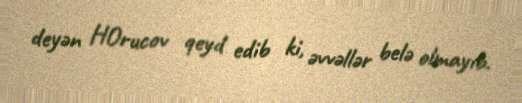
deyən HOrucov qeyd edib ki, əvvəllər belə olmayıb.